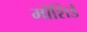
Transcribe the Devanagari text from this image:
मोशिडे